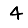
Digit: 4